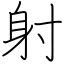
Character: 射